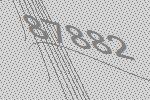
87882